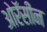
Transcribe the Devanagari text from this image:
ओरॅसीन